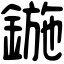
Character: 鍦